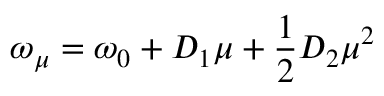
\omega _ { \mu } = \omega _ { 0 } + D _ { 1 } \mu + \frac { 1 } { 2 } D _ { 2 } \mu ^ { 2 }